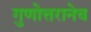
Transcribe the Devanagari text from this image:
गुणोत्तरानेच